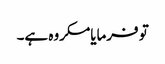
تو فرمایامکروہ ہے۔